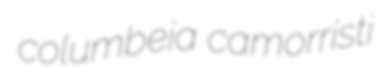
columbeia camorristi